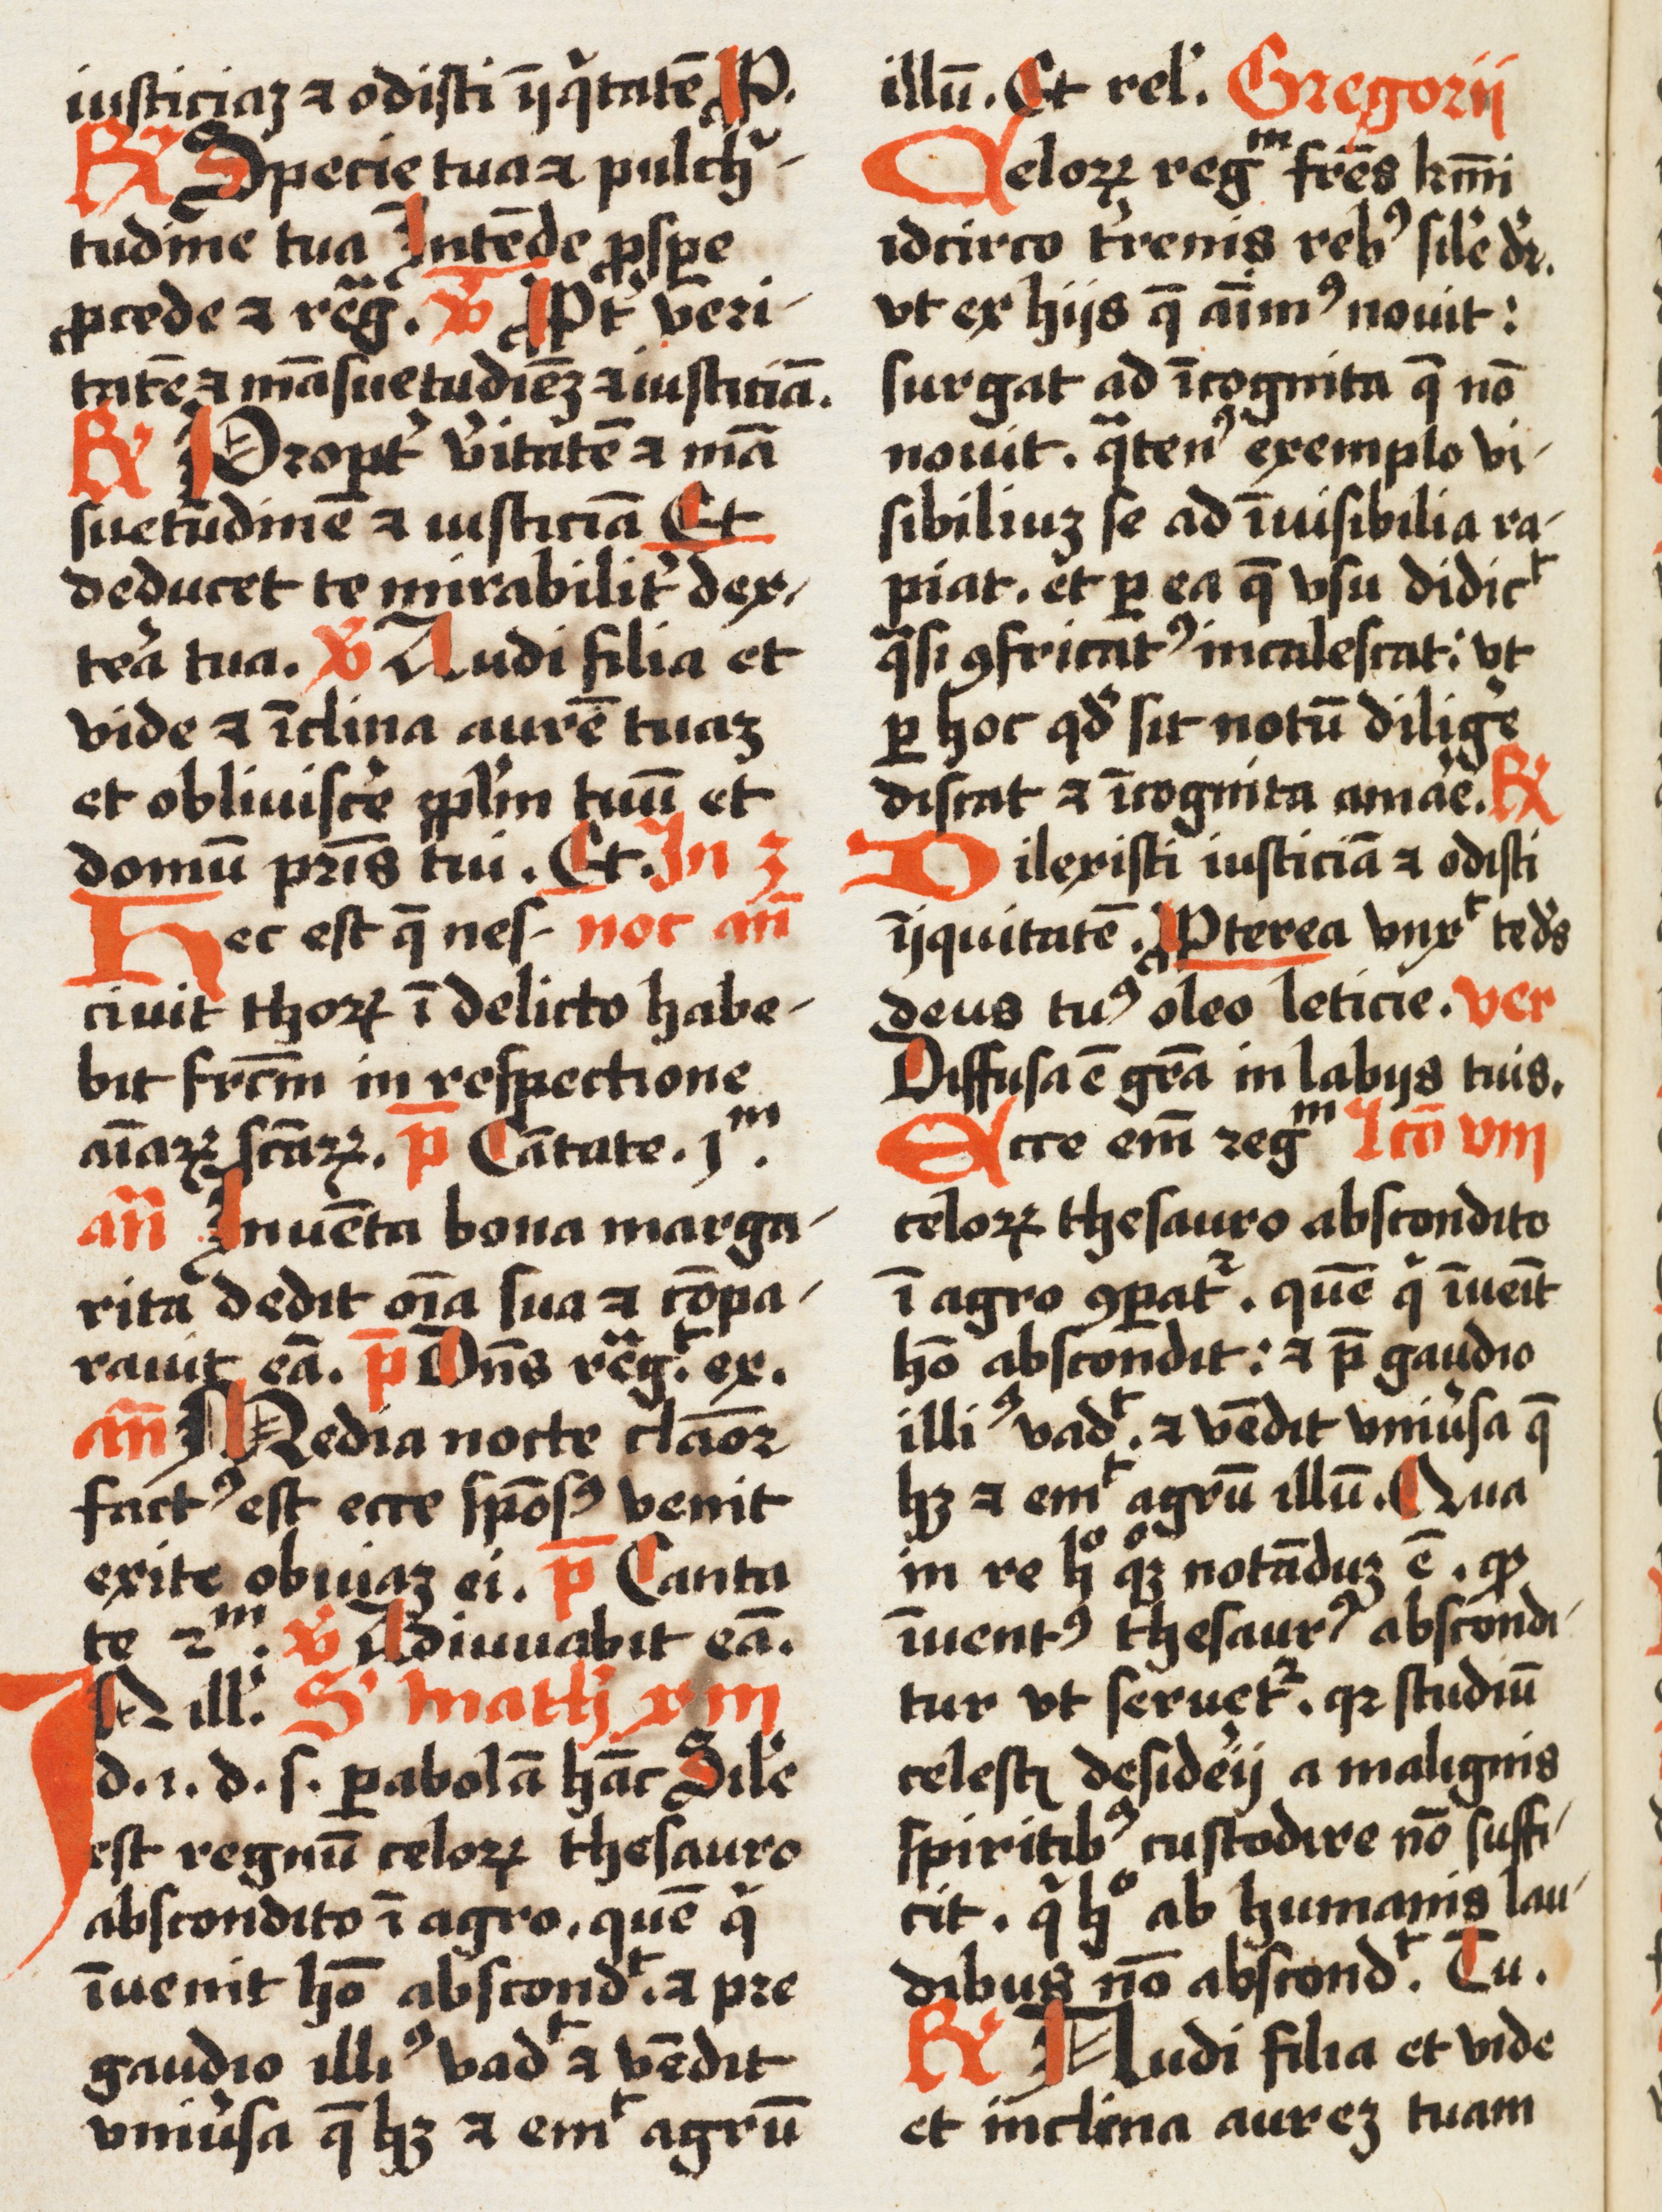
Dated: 1500–1524